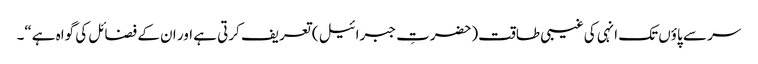
سر سے پاؤں تک انہی کی غیبی طاقت(حضرتِ جبرائیل ) تعریف کرتی ہے اور ان کے فضائل کی گواہ ہے“۔